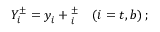
Y _ { i } ^ { \pm } = y _ { i } ^ { } + \d Y _ { i } ^ { \pm } \quad ( i = t , b ) \, ;